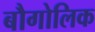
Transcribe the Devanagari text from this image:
बौगोलिक